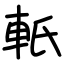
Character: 軝